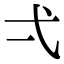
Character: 弌